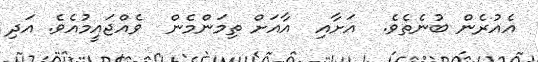
އެއުރެން ބުނެތެވެ.  އަށާއި  އާއަށް ތިމަންމެން  ވެއްޖައީމުއެވެ. އަދި